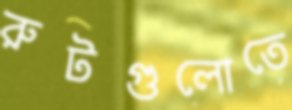
রুটগুলোতে